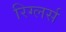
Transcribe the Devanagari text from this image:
रिग्लर्स